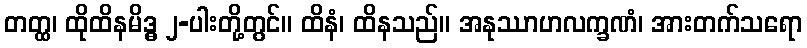
တတ္ထ၊ ထိုထိနမိဒ္ဓ ၂-ပါးတို့တွင်။ ထိနံ၊ ထိနသည်။ အနုဿာဟလက္ခဏံ၊ အားတက်သရော